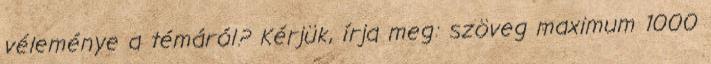
véleménye a témáról? Kérjük, írja meg: szöveg maximum 1000